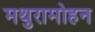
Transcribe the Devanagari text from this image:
मथुरामोहन